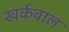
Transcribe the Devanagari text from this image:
खर्कवाल